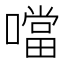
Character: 噹